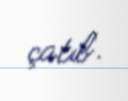
çatıb.